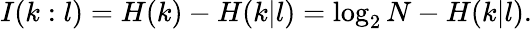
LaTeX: I(k:l)=H(k)-H(k|l)=\log_{2}N-H(k|l).